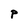
Character: P